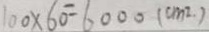
1 0 0 \times 6 0 = 6 0 0 0 ( c m ^ { 2 } )